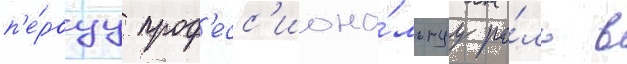
п'е́рвуу проф'есс'иона́льнуу ро́ль в